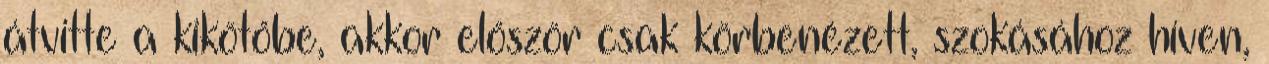
átvitte a kikötőbe, akkor először csak körbenézett, szokásához híven,